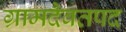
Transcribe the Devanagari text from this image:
ग्रामदैवतपद